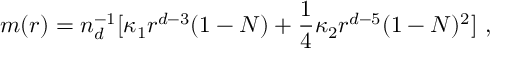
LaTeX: m ( r ) = n _ { d } ^ { - 1 } [ \kappa _ { 1 } r ^ { d - 3 } ( 1 - N ) + \frac 1 4 \kappa _ { 2 } r ^ { d - 5 } ( 1 - N ) ^ { 2 } ] \ ,